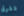
تفرق